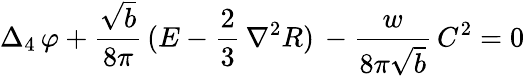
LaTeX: \Delta_{4}\, \varphi+\frac{\sqrt{b}}{8\pi}\, (E-\frac 23\, {\nabla}^{2}R)\, -\frac{w}{8\pi\sqrt{b}}\, C^{2}=0